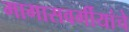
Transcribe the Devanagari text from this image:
मागासवर्गीयांचे